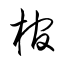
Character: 棺